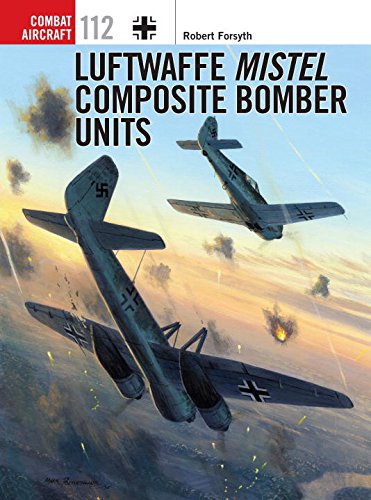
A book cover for Luftwaffe Mistel Composite Bomber Units (Combat Aircraft); Robert Forsyth; History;